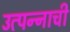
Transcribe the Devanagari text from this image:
उत्पन्‍नाची